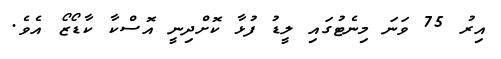
އިރު 75 ވަނަ މިނެޓުގައި ލީޑު ފުޅާ ކޮށްދިނީ އޮސްކާ ކާޑޯޒޯ އެވެ.